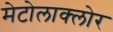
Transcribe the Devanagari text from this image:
मेटोलाक्‍लोर